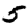
Digit: 5